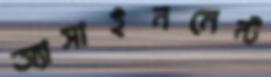
অ্যাসাইনমেন্ট